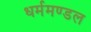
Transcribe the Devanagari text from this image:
धर्ममण्डल